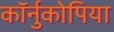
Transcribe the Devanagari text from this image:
कॉर्नुकोपिया